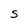
Character: S